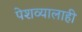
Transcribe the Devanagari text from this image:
पेशव्यालाही